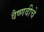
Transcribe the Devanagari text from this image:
वैष्णवीचे